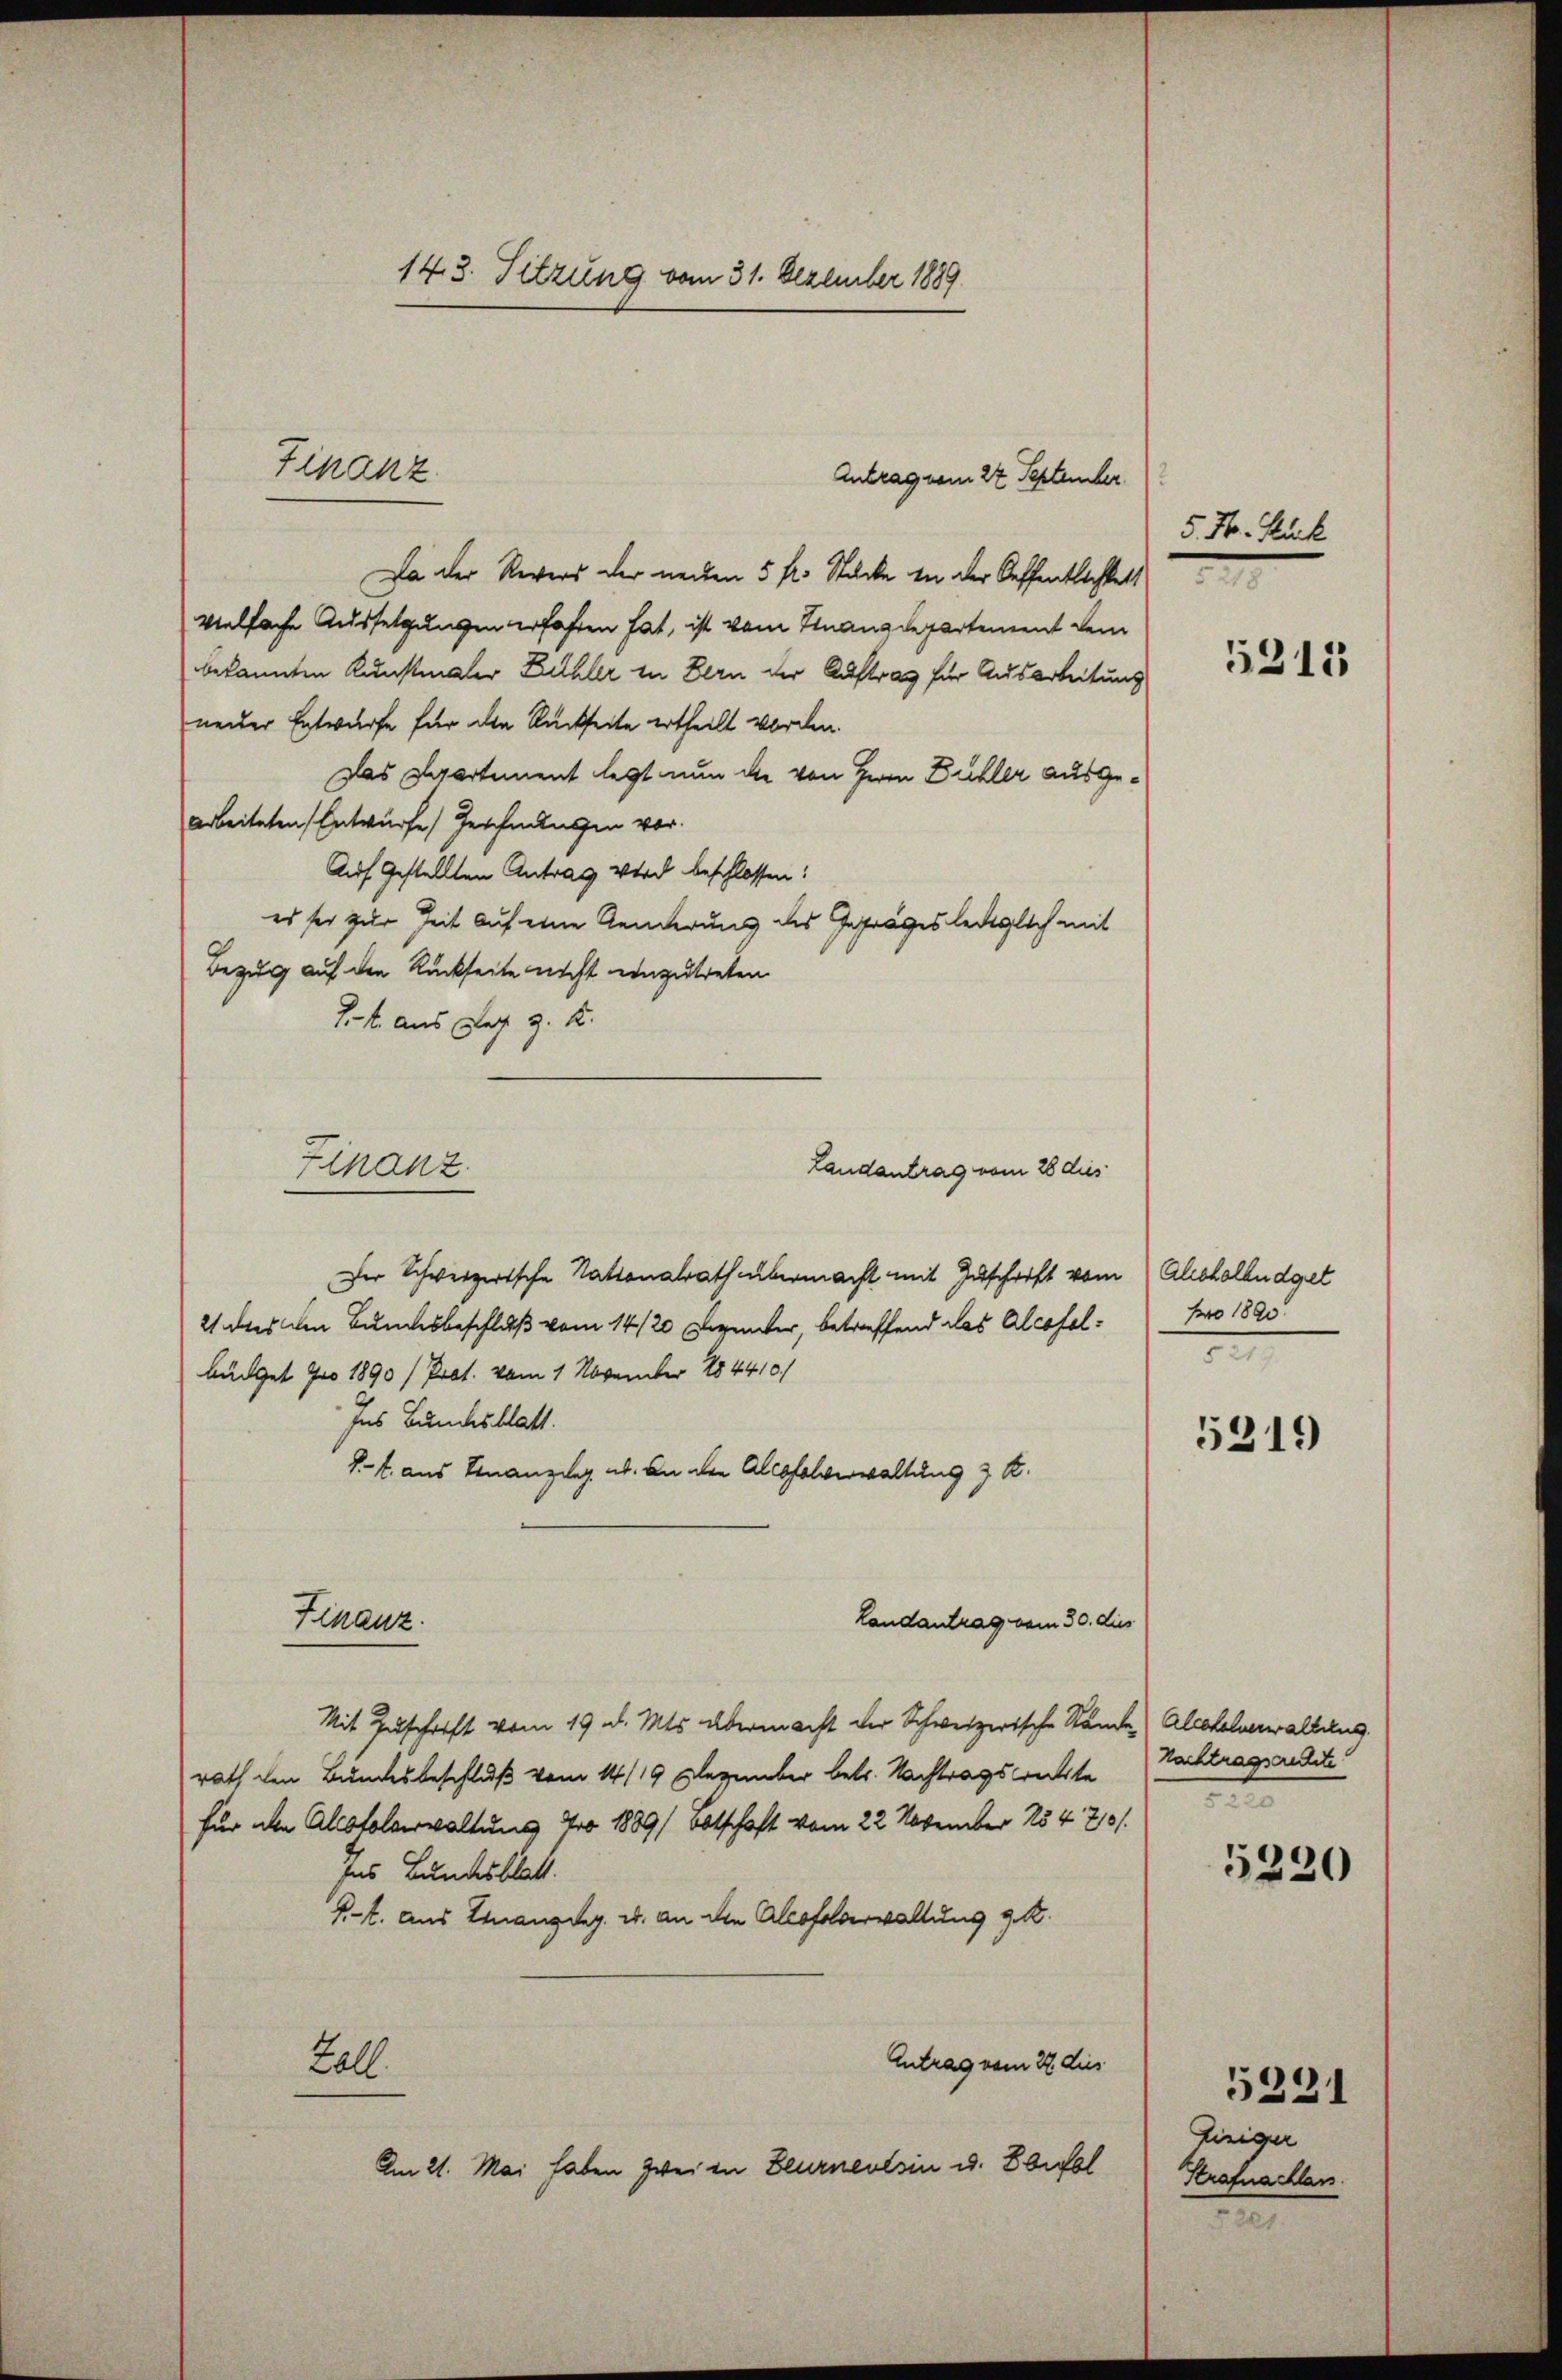
143. Sitzung vom 31. Dezember 1889

Da der Revers der nechen 5 fl. Stücke in der Offentlichkeit
vielfache Aussetzungen erfahren hat, ist vom Finanzdepartement dem
bekannten Kunstmaler Fehler in Bern der Auftrag für Ausarbeitung
neuer Entwurfe für die Rückseite ertheilt worden.
Das Departement legt nun die von Herrn Duchler ausgearbeiteten Entwürfe, Geschlussen vor.
Auf gestellten Antrag wird beschlossen:
es sei zur Zeit auf eine Aenderung des Gefrages lediglich mit
Bezug auf den Rückseite nicht einzutreten
1-4. aus der z. K.
Landantrag vom 28 dies
Der Schweizertsche Stationalrath übermacht mit Zuschrift vom Aushalbüdget
21 des an Bundesbeschluß vom 14/20 Dezember, betreffend das Alcofelbüdget pro 1890 /Prat. vom 1. November 184410/
Ins Bundesblatt.
J.. aus Finanzley ab. An den Alkoholverwaltung z. B.
Finanz
Landantrag vom 30. dies
Mit Zuschrift vom 19. d. Mts. übermacht der Schweizerische Stände Alokalverwaltung
rath den Bundesbeschluß vom 14/19 Dezember betr. Nachtragsbette
für ihn Alofolverwaltung 40 1889/ Obtschaft vom 22 November 15470/
ses Bundesblatt.
Kt. Aus Gnanzig u. an die Alofelverwaltung d. R.
Antrag vom 22. dies
Zall
Am 21. Mai haben zwei in Beurnentsin u. Biel

Finanz
Antrag vom 27 September

Finanz

5. Hr. Rück
e

5215

pro 1890.
e

5319

Nachtragsante!
t

5220

Einiger
Strafnachlan

5231

e